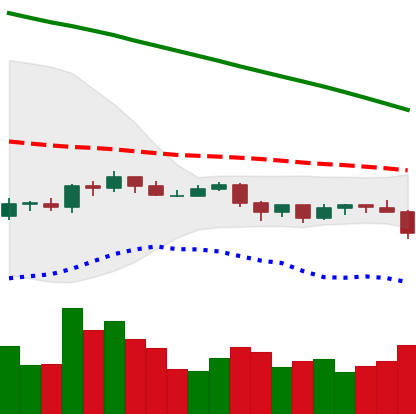
Ticker: ADA-USD
Chart end date: 2019-10-23
Forward return: 16.353%
Label: up_7plus